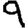
Digit: 9